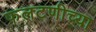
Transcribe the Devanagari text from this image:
फलटणीच्या